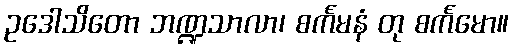
ဥဒေါသိတော ဘဏ္ဍသာလာ၊ စင်္ကမနံ တု စင်္ကမော။